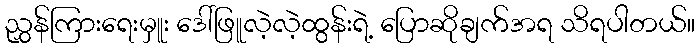
ညွှန်ကြားရေးမှူး ဒေါ်ဖြူလဲ့လဲ့ထွန်းရဲ့ ပြောဆိုချက်အရ သိရပါတယ်။